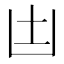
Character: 凷